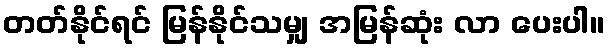
တတ်နိုင်ရင် မြန်နိုင်သမျှ အမြန်ဆုံး လာ ပေးပါ။